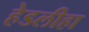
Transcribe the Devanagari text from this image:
हेडलीहा